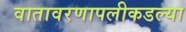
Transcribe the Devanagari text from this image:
वातावरणापलीकडल्या